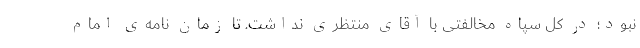
نبود؛ در کل سپاه مخالفتی با آقای منتظری نداشت. تا زمان نامه‌ی امام